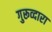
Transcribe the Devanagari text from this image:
गुरूव्‍दारा